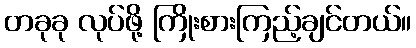
တခုခု လုပ်ဖို့ ကြိုးစားကြည့်ချင်တယ်။